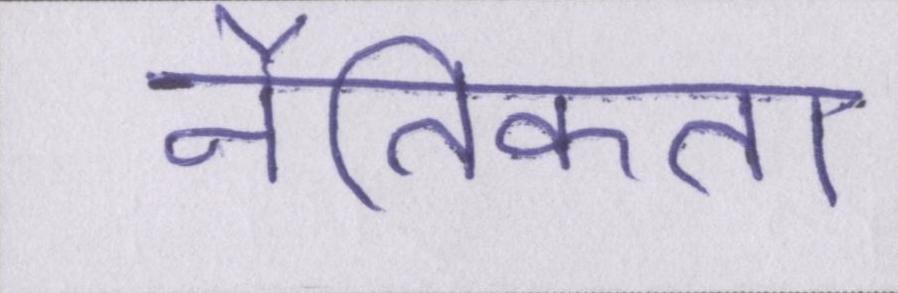
नैतिकता